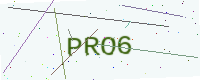
Text: PRO6